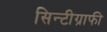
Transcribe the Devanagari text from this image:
सिन्टीग्राफी